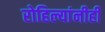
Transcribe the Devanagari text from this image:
रोहिल्यांनीही